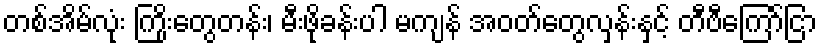
တစ်အိမ်လုံး ကြိုးတွေတန်း၊ မီးဖိုခန်းပါ မကျန် အဝတ်တွေလှန်းနှင့် တီဗီကြော်ငြာ